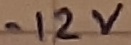
Text: -12V